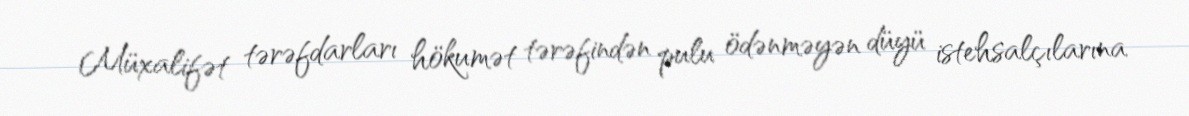
Müxalifət tərəfdarları hökumət tərəfindən pulu ödənməyən düyü istehsalçılarına